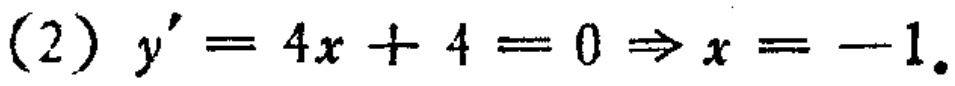
\((2)\) \(y^{\prime}=4x + 4 = 0\Rightarrow x=-1\)。